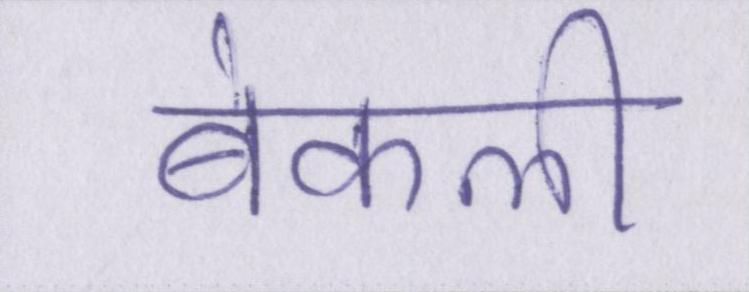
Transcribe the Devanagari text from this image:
बेकली